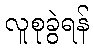
လူစုခွဲရန်